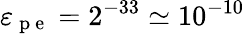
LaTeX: \varepsilon_{\mathrm{~p~e~}}=2^{-33}\simeq 10^{-10}